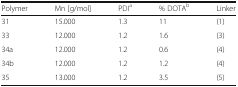
<table><thead><tr><td><b>Polymer</b></td><td><b>Mn [g/mol]</b></td><td><b>PDI<sup>a</sup></b></td><td><b>% DOTA<sup>b</sup></b></td><td><b>Linker</b></td></tr></thead><tbody><tr><td>31</td><td>15.000</td><td>1.3</td><td>11</td><td>(1)</td></tr><tr><td>33</td><td>12.000</td><td>1.2</td><td>1.6</td><td>(3)</td></tr><tr><td>34a</td><td>12.000</td><td>1.2</td><td>0.6</td><td>(4)</td></tr><tr><td>34b</td><td>12.000</td><td>1.2</td><td>1.2</td><td>(4)</td></tr><tr><td>35</td><td>13.000</td><td>1.2</td><td>3.5</td><td>(5)</td></tr></tbody></table>